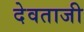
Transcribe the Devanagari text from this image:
देवताजी